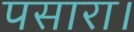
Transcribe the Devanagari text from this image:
पसारा।